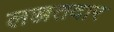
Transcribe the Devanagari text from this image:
लज्जतदार